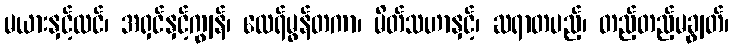
မယားနှင့်လင်၊ အရှင်နှင့်ကျွန်၊ ထေရ်မွန်တကာ၊ မိတ်သဟာနှင့်၊ ဆရာတပည့်၊ တည့်တည့်မချွတ်၊